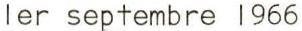
ler septembre 1966